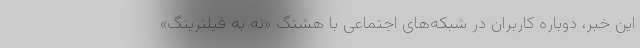
این خبر، دوباره کاربران در شبکه‌های اجتماعی با هشتگ «نه به فیلترینگ»